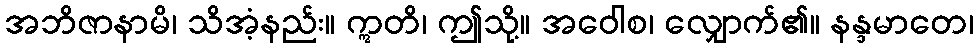
အဘိဇာနာမိ၊ သိအံ့နည်း။ ဣတိ၊ ဤသို့။ အဝေါစ၊ လျှောက်၏။ နန္ဒမာတေ၊